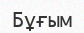
Бұғым